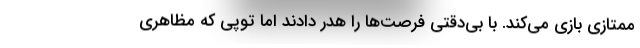
ممتازی بازی می‌کند. با بی‌دقتی فرصت‌ها را هدر دادند اما توپی که مظاهری